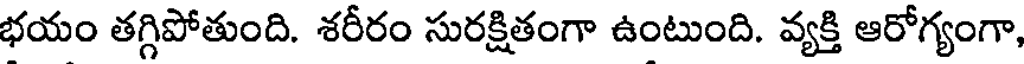
భయం తగ్గిపోతుంది. శరీరం సురక్షితంగా ఉంటుంది. వ్యక్తి ఆరోగ్యంగా,